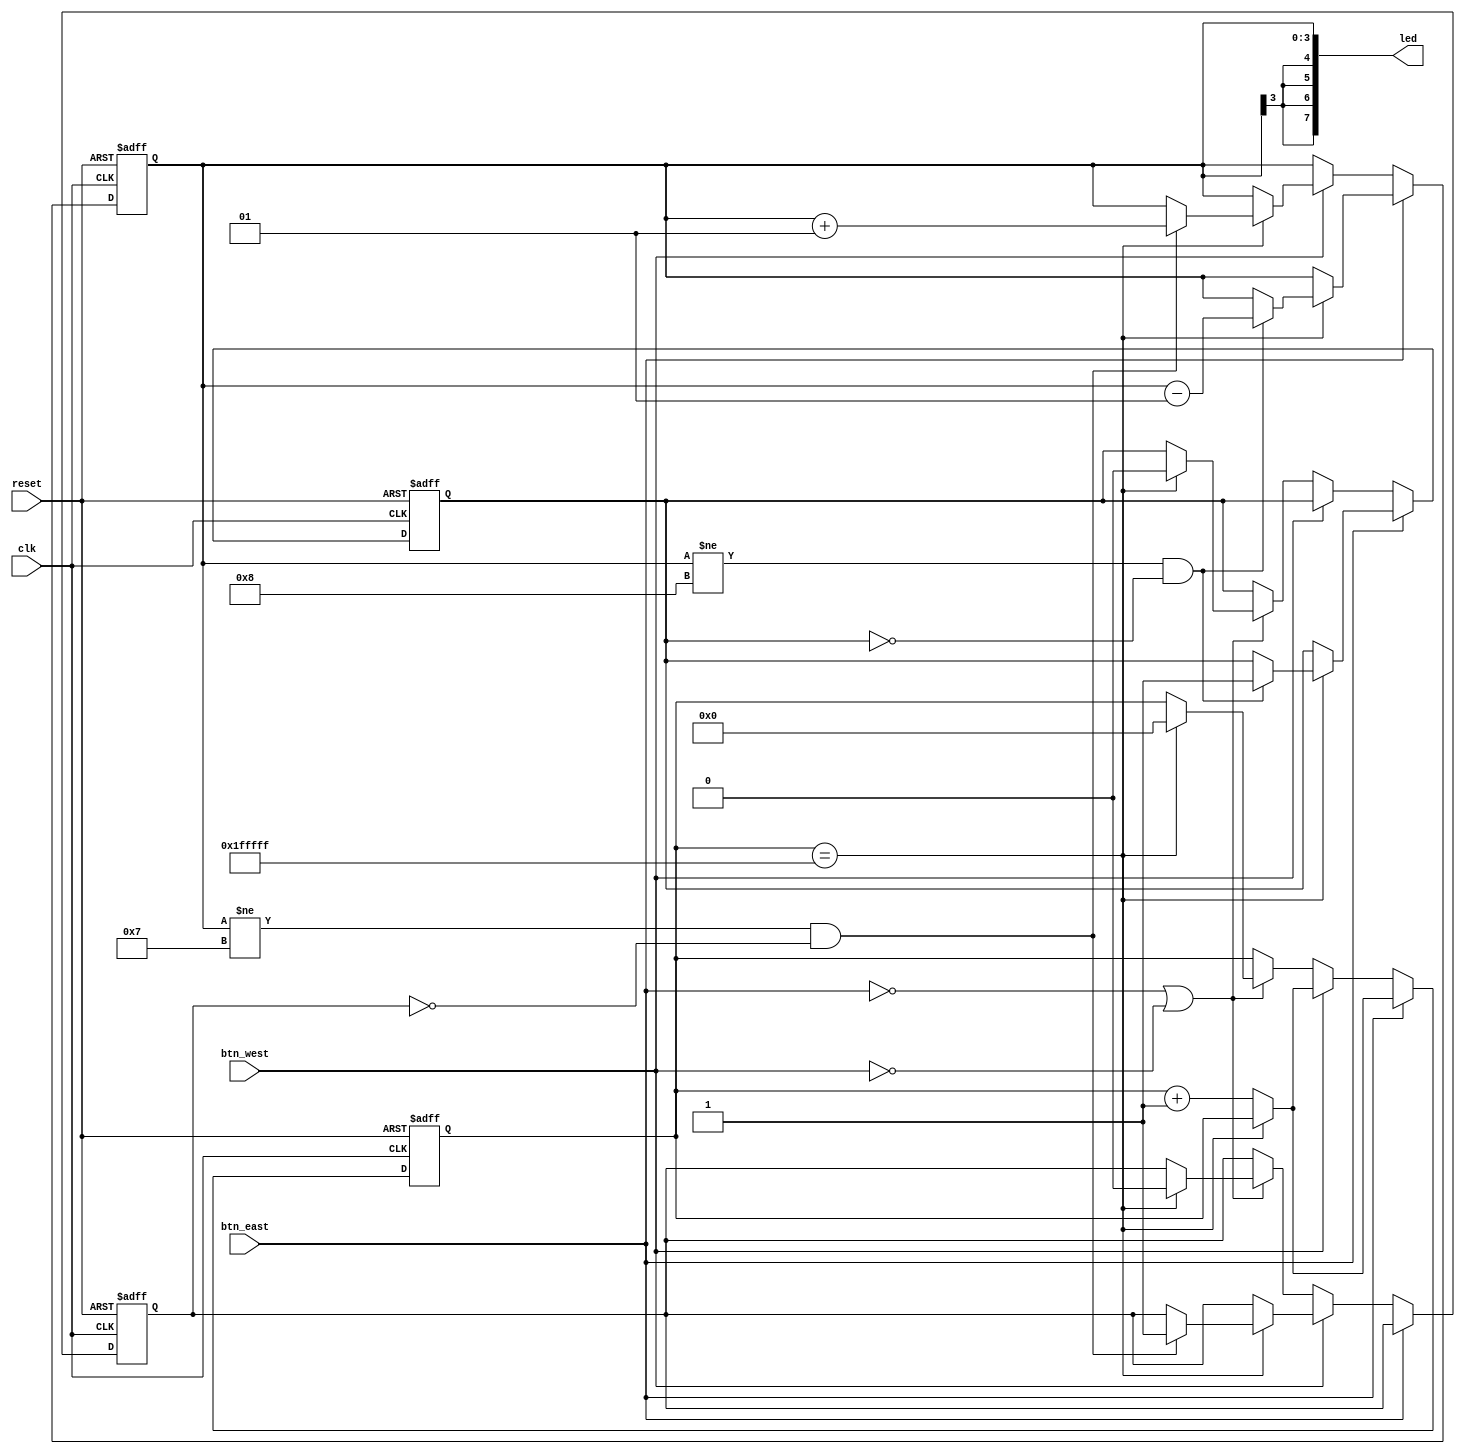
`timescale 1ns / 1ps
//////////////////////////////////////////////////////////////////////////////////
// Company: 
// Engineer: 
// 
// Design Name: 
// Module Name:    lab3 
// Project Name: 
// Target Devices: 
// Tool versions: 
// Description: 
//
// Dependencies: 
//
// Revision: 
// Revision 0.01 - File Created
// Additional Comments: 
//
//////////////////////////////////////////////////////////////////////////////////
module lab3(
    input clk,
    input reset,
    input btn_east,
    input btn_west,
    output [7:0] led
    );
reg signed[3:0] num;
reg flag1, flag2;
reg [21:0] clk_counter; 
assign led[0] = num[0];
assign led[1] = num[1];
assign led[2] = num[2];
assign led[3] = num[3];
assign led[4] = num[3];
assign led[5] = num[3];
assign led[6] = num[3];
assign led[7] = num[3];
always @(posedge clk, posedge reset)
begin
	if (reset)
	begin
		num <= 4'b0000;
		clk_counter <= 0;
		flag1 <= 0;
		flag2 <= 0;
	end
	else
	begin
		//sub
		if (btn_east)
		begin
			clk_counter <= (clk_counter == 21'b111111111111111111111) ? clk_counter : clk_counter + 1;
			if (clk_counter == 21'b111111111111111111111)
			begin
				if (num != -8 && flag1 !=1)
				begin
					num <= num - 1;
					flag1 <= 1;
				end
			end
		end	
		//add
		else if (btn_west)
		begin
			clk_counter <= (clk_counter == 21'b111111111111111111111) ? clk_counter : clk_counter + 1;
			if (clk_counter == 21'b111111111111111111111)
			begin
				if (num != 7 && flag2 !=1)
				begin
					num <= num + 1;
					flag2 <= 1;
				end
			end
		end
		else if (!btn_east || !btn_west)
		begin
			if (clk_counter == 21'b111111111111111111111)
			begin
				clk_counter <= 0;
				flag1 <= 0;
				flag2 <= 0;
			end
		end
	end
end
		
endmodule